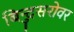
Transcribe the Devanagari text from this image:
बिन्दुसरोवर